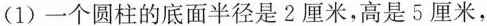
(1)一个圆柱的底面半径是2厘米，高是5厘米，